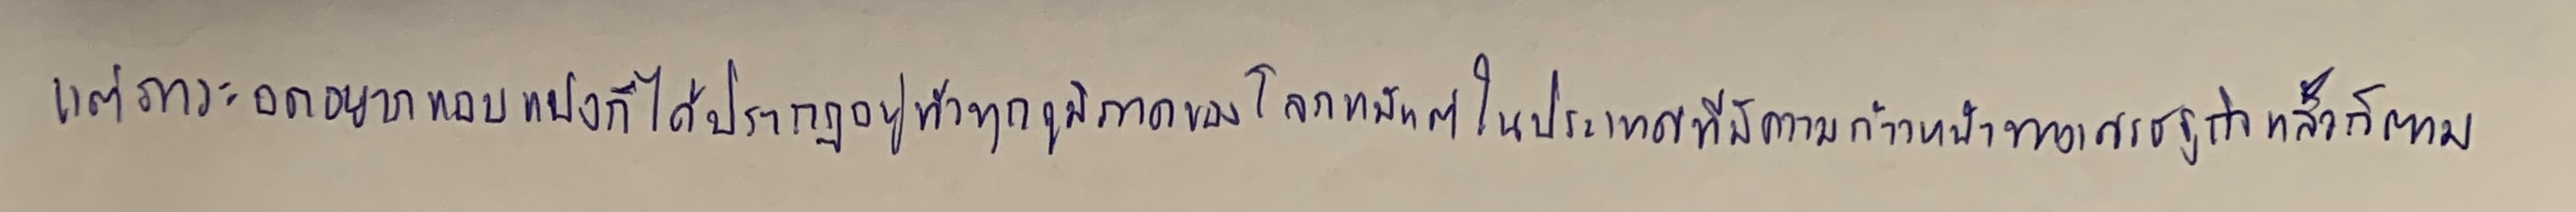
แต่ภาวะอดอยากแอบแฝงก็ได้ปรากฏอยู่ทั่วทุกภูมิภาคของโลกแม้แต่ในประเทศที่มีความก้าวหน้าทางเศรษฐกิจแล้วก็ตาม